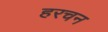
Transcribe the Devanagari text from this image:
हरचन